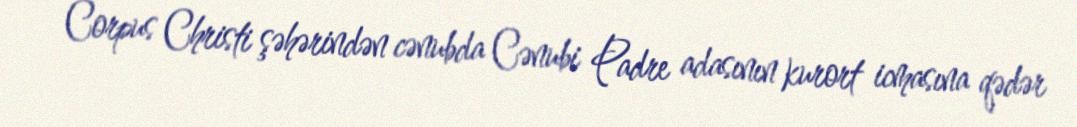
Corpus Christi şəhərindən cənubda Cənubi Padre adasının kurort icmasına qədər